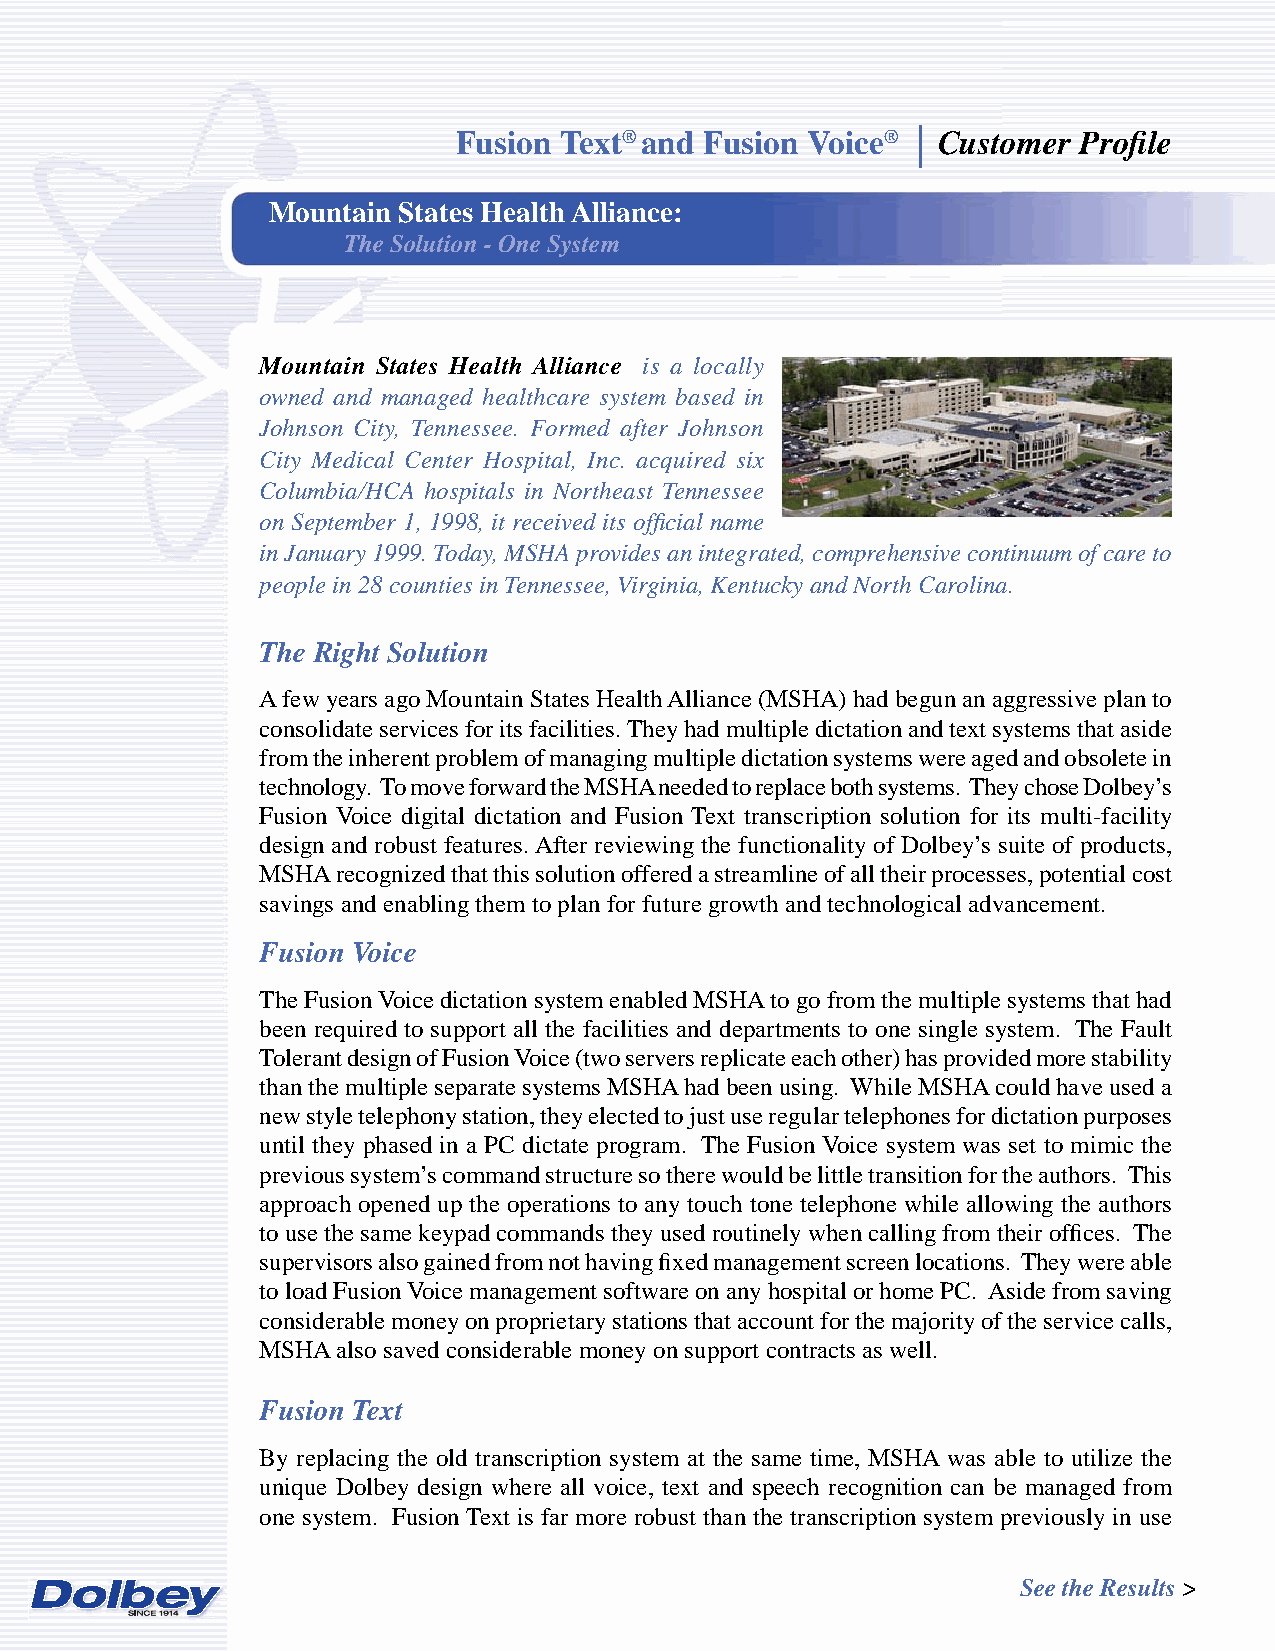
Fusion Text® and Fusion Voice®  Customer Profi le
 Mountain States Health Alliance:
 The Solution - One System
 Mountain States Health Alliance is a locally
 owned and managed healthcare system based in
 Johnson City, Tennessee. Formed after Johnson
 City Medical Center Hospital, Inc. acquired six
 Columbia/HCA hospitals in Northeast Tennessee
 on September 1, 1998, it received its offi cial name
 in January 1999. Today, MSHA provides an integrated, comprehensive continuum of care to
 people in 28 counties in Tennessee, Virginia, Kentucky and North Carolina.
 The Right Solution
 A few years ago Mountain States Health Alliance (MSHA) had begun an aggressive plan to
 consolidate services for its facilities. They had multiple dictation and text systems that aside
 from the inherent problem of managing multiple dictation systems were aged and obsolete in
 technology. To move forward the MSHA needed to replace both systems. They chose Dolbey’s
 Fusion Voice digital dictation and Fusion Text transcription solution for its multi-facility
 design and robust features. After reviewing the functionality of Dolbey’s suite of products,
 MSHA recognized that this solution offered a streamline of all their processes, potential cost
 savings and enabling them to plan for future growth and technological advancement.
 Fusion Voice
 The Fusion Voice dictation system enabled MSHA to go from the multiple systems that had
 been required to support all the facilities and departments to one single system. The Fault
 Tolerant design of Fusion Voice (two servers replicate each other) has provided more stability
 than the multiple separate systems MSHA had been using. While MSHA could have used a
 new style telephony station, they elected to just use regular telephones for dictation purposes
 until they phased in a PC dictate program. The Fusion Voice system was set to mimic the
 previous system’s command structure so there would be little transition for the authors. This
 approach opened up the operations to any touch tone telephone while allowing the authors
 to use the same keypad commands they used routinely when calling from their offi ces. The
 supervisors also gained from not having fi xed management screen locations. They were able
 to load Fusion Voice management software on any hospital or home PC. Aside from saving
 considerable money on proprietary stations that account for the majority of the service calls,
 MSHA also saved considerable money on support contracts as well.
 Fusion Text
 By replacing the old transcription system at the same time, MSHA was able to utilize the
 unique Dolbey design where all voice, text and speech recognition can be managed from
 one system. Fusion Text is far more robust than the transcription system previously in use
 See the Results >